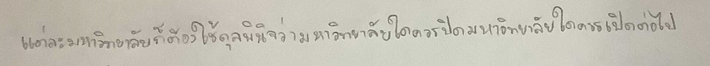
แต่ละมหาวิทยาลัยก็ต้องใช้ดุลพินิจว่ามหาวิทยาลัยใดควรปิดมหาวิทยาลัยใดควรเปิดต่อไป